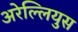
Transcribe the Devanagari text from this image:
अरेल्लियुस